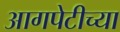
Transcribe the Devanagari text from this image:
आगपेटीच्या